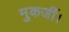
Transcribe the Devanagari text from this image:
मुकर्जी।